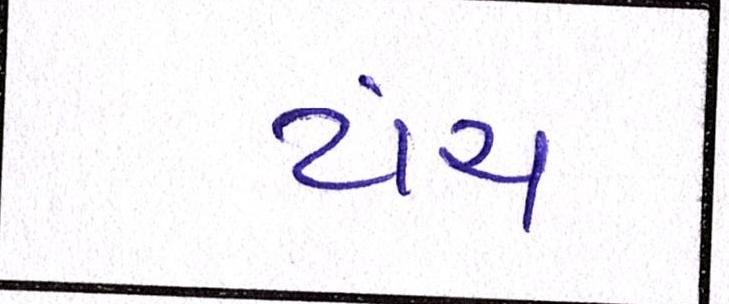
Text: ટાંચ